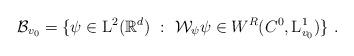
LaTeX: \begin{align*} \mathcal{B}_{v_0} = \{ \psi \in {\rm L}^2(\mathbb{R}^d)~:~ \mathcal{W}_\psi \psi \in W^R(C^0,{\rm L}^1_{v_0}) \}~. \end{align*}